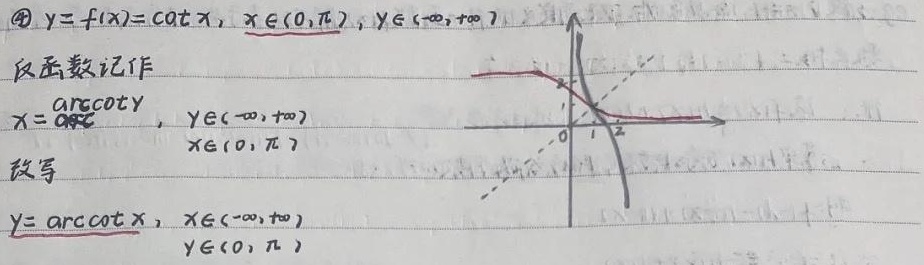
\(\textcircled{4}\) \(y = f(x)=\cot x\)，\(x\in(0,\pi)\)，\(y\in(-\infty,+\infty)\)。反函数记作\(x = \text{arccot}y\)，\(y\in(-\infty,+\infty)\)，\(x\in(0,\pi)\)。改写为\(y = \text{arccot}x\)，\(x\in(-\infty,+\infty)\)，\(y\in(0,\pi)\)。